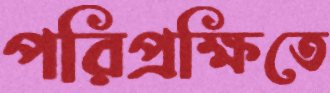
পরিপ্রক্ষিতে